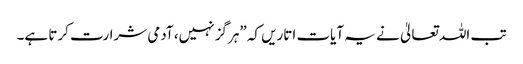
تب اللہ تعالیٰ نے یہ آیات اتاریں کہ ”ہرگز نہیں، آدمی شرارت کرتا ہے۔